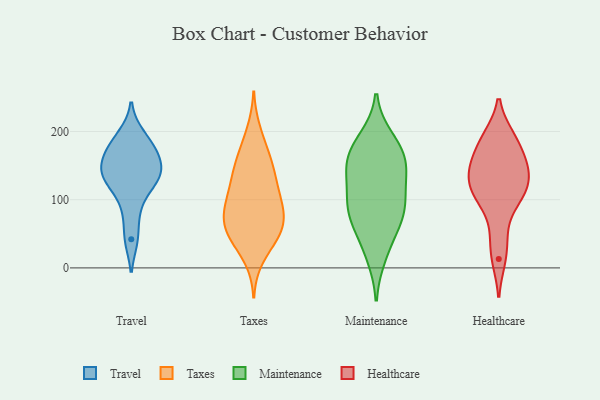
{"axis": {"x": "Revenue (USD Million)", "y": "Value"}, "legend": ["Healthcare", "Maintenance", "Taxes", "Travel"], "data": [{"x": "", "y": 130, "type": "Travel"}, {"x": "", "y": 195, "type": "Travel"}, {"x": "", "y": 172, "type": "Travel"}, {"x": "", "y": 86, "type": "Travel"}, {"x": "", "y": 132, "type": "Travel"}, {"x": "", "y": 124, "type": "Travel"}, {"x": "", "y": 152, "type": "Travel"}, {"x": "", "y": 176, "type": "Travel"}, {"x": "", "y": 42, "type": "Travel"}, {"x": "", "y": 150, "type": "Travel"}, {"x": "", "y": 200, "type": "Taxes"}, {"x": "", "y": 15, "type": "Taxes"}, {"x": "", "y": 95, "type": "Taxes"}, {"x": "", "y": 178, "type": "Taxes"}, {"x": "", "y": 65, "type": "Taxes"}, {"x": "", "y": 158, "type": "Taxes"}, {"x": "", "y": 43, "type": "Taxes"}, {"x": "", "y": 128, "type": "Taxes"}, {"x": "", "y": 41, "type": "Taxes"}, {"x": "", "y": 63, "type": "Taxes"}, {"x": "", "y": 65, "type": "Taxes"}, {"x": "", "y": 61, "type": "Taxes"}, {"x": "", "y": 148, "type": "Taxes"}, {"x": "", "y": 147, "type": "Taxes"}, {"x": "", "y": 97, "type": "Taxes"}, {"x": "", "y": 47, "type": "Taxes"}, {"x": "", "y": 130, "type": "Taxes"}, {"x": "", "y": 103, "type": "Taxes"}, {"x": "", "y": 82, "type": "Taxes"}, {"x": "", "y": 97, "type": "Taxes"}, {"x": "", "y": 40, "type": "Maintenance"}, {"x": "", "y": 189, "type": "Maintenance"}, {"x": "", "y": 105, "type": "Maintenance"}, {"x": "", "y": 127, "type": "Maintenance"}, {"x": "", "y": 18, "type": "Maintenance"}, {"x": "", "y": 143, "type": "Maintenance"}, {"x": "", "y": 179, "type": "Maintenance"}, {"x": "", "y": 84, "type": "Maintenance"}, {"x": "", "y": 168, "type": "Maintenance"}, {"x": "", "y": 153, "type": "Maintenance"}, {"x": "", "y": 77, "type": "Maintenance"}, {"x": "", "y": 79, "type": "Maintenance"}, {"x": "", "y": 83, "type": "Maintenance"}, {"x": "", "y": 151, "type": "Maintenance"}, {"x": "", "y": 192, "type": "Healthcare"}, {"x": "", "y": 141, "type": "Healthcare"}, {"x": "", "y": 13, "type": "Healthcare"}, {"x": "", "y": 101, "type": "Healthcare"}, {"x": "", "y": 165, "type": "Healthcare"}, {"x": "", "y": 128, "type": "Healthcare"}, {"x": "", "y": 109, "type": "Healthcare"}, {"x": "", "y": 49, "type": "Healthcare"}, {"x": "", "y": 139, "type": "Healthcare"}, {"x": "", "y": 192, "type": "Healthcare"}, {"x": "", "y": 105, "type": "Healthcare"}, {"x": "", "y": 157, "type": "Healthcare"}]}